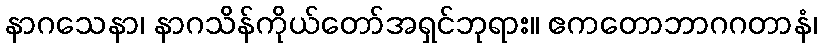
နာဂသေနာ၊ နာဂသိန်ကိုယ်တော်အရှင်ဘုရား။ ဧကတောဘာဂဂတာနံ၊